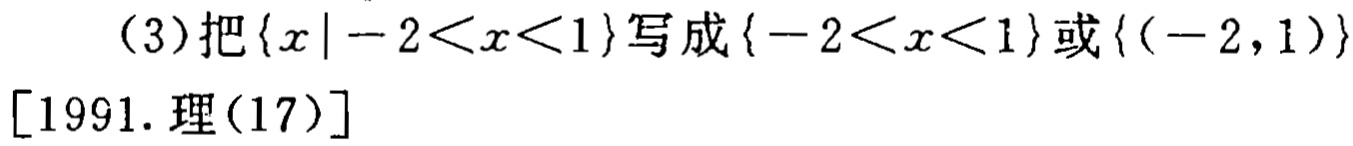
(3)把\(\{x\mid -2 < x < 1\}\)写成\(\{-2 < x < 1\}\)或\(\{(-2,1)\}\)

[1991. 理(17)]